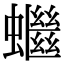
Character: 𧓓